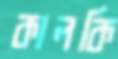
কালকি